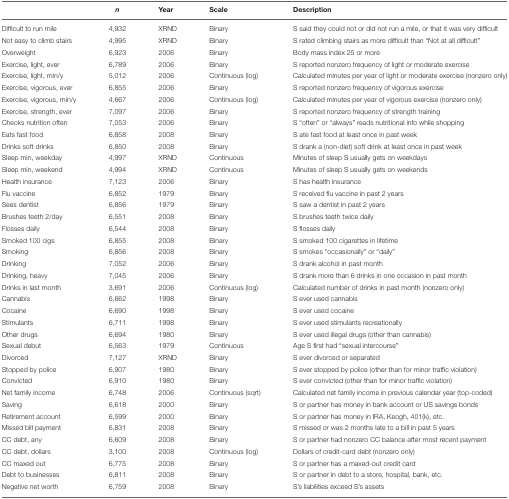
<table><thead><tr><td></td><td><b><i>n</i></b></td><td><b>Year</b></td><td><b>Scale</b></td><td><b>Description</b></td></tr></thead><tbody><tr><td>Difficult to run mile</td><td>4,932</td><td>XRND</td><td>Binary</td><td>S said they could not or did not run a mile, or that it was very difficult</td></tr><tr><td>Not easy to climb stairs</td><td>4,995</td><td>XRND</td><td>Binary</td><td>S rated climbing stairs as more difficult than “Not at all difficult”</td></tr><tr><td>Overweight</td><td>6,923</td><td>2006</td><td>Binary</td><td>Body mass index 25 or more</td></tr><tr><td>Exercise, light, ever</td><td>6,789</td><td>2006</td><td>Binary</td><td>S reported nonzero frequency of light or moderate exercise</td></tr><tr><td>Exercise, light, min/y</td><td>5,012</td><td>2006</td><td>Continuous (log)</td><td>Calculated minutes per year of light or moderate exercise (nonzero only)</td></tr><tr><td>Exercise, vigorous, ever</td><td>6,855</td><td>2006</td><td>Binary</td><td>S reported nonzero frequency of vigorous exercise</td></tr><tr><td>Exercise, vigorous, min/y</td><td>4,667</td><td>2006</td><td>Continuous (log)</td><td>Calculated minutes per year of vigorous exercise (nonzero only)</td></tr><tr><td>Exercise, strength, ever</td><td>7,097</td><td>2006</td><td>Binary</td><td>S reported nonzero frequency of strength training</td></tr><tr><td>Checks nutrition often</td><td>7,053</td><td>2006</td><td>Binary</td><td>S “often” or “always” reads nutritional info while shopping</td></tr><tr><td>Eats fast food</td><td>6,858</td><td>2008</td><td>Binary</td><td>S ate fast food at least once in past week</td></tr><tr><td>Drinks soft drinks</td><td>6,850</td><td>2008</td><td>Binary</td><td>S drank a (non-diet) soft drink at least once in past week</td></tr><tr><td>Sleep min, weekday</td><td>4,997</td><td>XRND</td><td>Continuous</td><td>Minutes of sleep S usually gets on weekdays</td></tr><tr><td>Sleep min, weekend</td><td>4,994</td><td>XRND</td><td>Continuous</td><td>Minutes of sleep S usually gets on weekends</td></tr><tr><td>Health insurance</td><td>7,123</td><td>2006</td><td>Binary</td><td>S has health insurance</td></tr><tr><td>Flu vaccine</td><td>6,852</td><td>1979</td><td>Binary</td><td>S received flu vaccine in past 2 years</td></tr><tr><td>Sees dentist</td><td>6,856</td><td>1979</td><td>Binary</td><td>S saw a dentist in past 2 years</td></tr><tr><td>Brushes teeth 2/day</td><td>6,551</td><td>2008</td><td>Binary</td><td>S brushes teeth twice daily</td></tr><tr><td>Flosses daily</td><td>6,544</td><td>2008</td><td>Binary</td><td>S flosses daily</td></tr><tr><td>Smoked 100 cigs</td><td>6,855</td><td>2008</td><td>Binary</td><td>S smoked 100 cigarettes in lifetime</td></tr><tr><td>Smoking</td><td>6,856</td><td>2008</td><td>Binary</td><td>S smokes “occasionally” or “daily”</td></tr><tr><td>Drinking</td><td>7,052</td><td>2006</td><td>Binary</td><td>S drank alcohol in past month</td></tr><tr><td>Drinking, heavy</td><td>7,045</td><td>2006</td><td>Binary</td><td>S drank more than 6 drinks in one occasion in past month</td></tr><tr><td>Drinks in last month</td><td>3,691</td><td>2006</td><td>Continuous (log)</td><td>Calculated number of drinks in past month (nonzero only)</td></tr><tr><td>Cannabis</td><td>6,662</td><td>1998</td><td>Binary</td><td>S ever used cannabis</td></tr><tr><td>Cocaine</td><td>6,690</td><td>1998</td><td>Binary</td><td>S ever used cocaine</td></tr><tr><td>Stimulants</td><td>6,711</td><td>1998</td><td>Binary</td><td>S ever used stimulants recreationally</td></tr><tr><td>Other drugs</td><td>6,694</td><td>1980</td><td>Binary</td><td>S ever used illegal drugs (other than cannabis)</td></tr><tr><td>Sexual debut</td><td>6,563</td><td>1979</td><td>Continuous</td><td>Age S first had “sexual intercourse”</td></tr><tr><td>Divorced</td><td>7,127</td><td>XRND</td><td>Binary</td><td>S ever divorced or separated</td></tr><tr><td>Stopped by police</td><td>6,907</td><td>1980</td><td>Binary</td><td>S ever stopped by police (other than for minor traffic violation)</td></tr><tr><td>Convicted</td><td>6,910</td><td>1980</td><td>Binary</td><td>S ever convicted (other than for minor traffic violation)</td></tr><tr><td>Net family income</td><td>6,748</td><td>2006</td><td>Continuous (sqrt)</td><td>Calculated net family income in previous calendar year (top-coded)</td></tr><tr><td>Saving</td><td>6,618</td><td>2000</td><td>Binary</td><td>S or partner has money in bank account or US savings bonds</td></tr><tr><td>Retirement account</td><td>6,599</td><td>2000</td><td>Binary</td><td>S or partner has money in IRA, Keogh, 401(k), etc.</td></tr><tr><td>Missed bill payment</td><td>6,831</td><td>2008</td><td>Binary</td><td>S missed or was 2 months late to a bill in past 5 years</td></tr><tr><td>CC debt, any</td><td>6,609</td><td>2008</td><td>Binary</td><td>S or partner had nonzero CC balance after most recent payment</td></tr><tr><td>CC debt, dollars</td><td>3,100</td><td>2008</td><td>Continuous (log)</td><td>Dollars of credit-card debt (nonzero only)</td></tr><tr><td>CC maxed out</td><td>6,775</td><td>2008</td><td>Binary</td><td>S or partner has a maxed-out credit card</td></tr><tr><td>Debt to businesses</td><td>6,811</td><td>2008</td><td>Binary</td><td>S or partner in debt to a store, hospital, bank, etc.</td></tr><tr><td>Negative net worth</td><td>6,759</td><td>2008</td><td>Binary</td><td>S&#x27;s liabilities exceed S&#x27;s assets</td></tr></tbody></table>